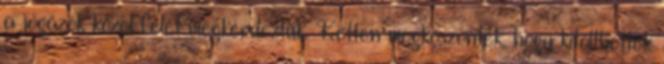
a jógázók közel felét megkérdeztük. Ketten megköszönték, hogy kitölthették